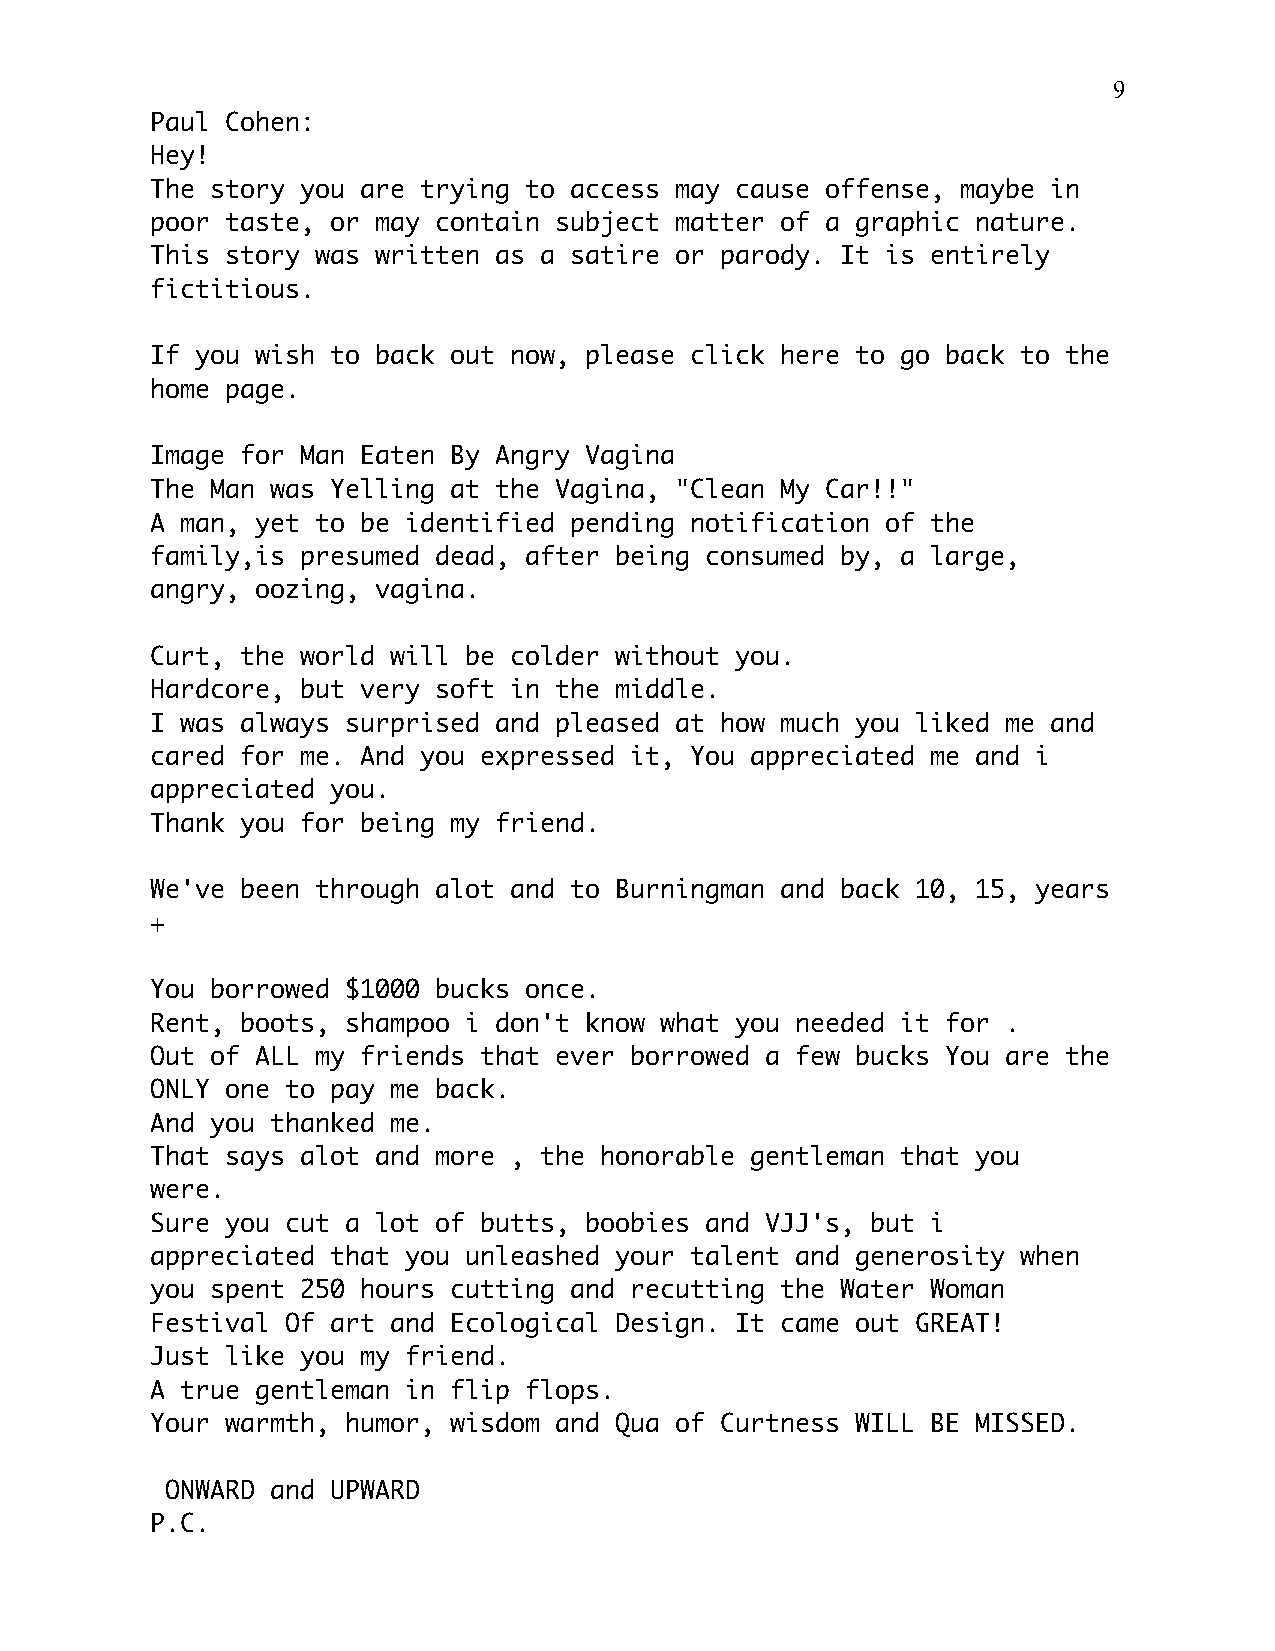
9
 Paul Cohen:
 Hey!
 The story you are trying to access may cause offense, maybe in
 poor taste, or may contain subject matter of a graphic nature.
 This story was written as a satire or parody. It is entirely
 fictitious.
 If you wish to back out now, please click here to go back to the
 home page.
 Image for Man Eaten By Angry Vagina
 The Man was Yelling at the Vagina, "Clean My Car!!"
 A man, yet to be identified pending notification of the
 family,is presumed dead, after being consumed by, a large,
 angry, oozing, vagina.
 Curt, the world will be colder without you.
 Hardcore, but very soft in the middle.
 I was always surprised and pleased at how much you liked me and
 cared for me. And you expressed it, You appreciated me and i
 appreciated you.
 Thank you for being my friend.
 We've been through alot and to Burningman and back 10, 15, years
 +
 You borrowed $1000 bucks once.
 Rent, boots, shampoo i don't know what you needed it for .
 Out of ALL my friends that ever borrowed a few bucks You are the
 ONLY one to pay me back.
 And you thanked me.
 That says alot and more , the honorable gentleman that you
 were.
 Sure you cut a lot of butts, boobies and VJJ's, but i
 appreciated that you unleashed your talent and generosity when
 you spent 250 hours cutting and recutting the Water Woman
 Festival Of art and Ecological Design. It came out GREAT!
 Just like you my friend.
 A true gentleman in flip flops.
 Your warmth, humor, wisdom and Qua of Curtness WILL BE MISSED.
 ONWARD and UPWARD
 P.C.